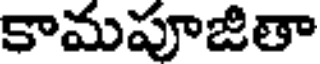
కామపూజితా